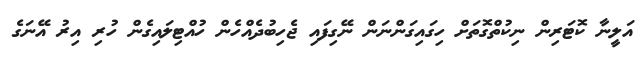
އަލީނާ ކޮޓަރިން ނިކުތްގޮތަށް ހިގައިގަންނަން ނޭގިފައި ޖެހިބުދެއްހެން ހުއްޓިލައިގެން ހުރި އިރު އޭނަގެ